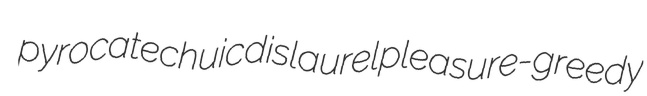
pyrocatechuic dislaurel pleasure-greedy